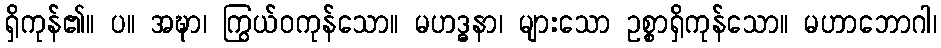
ရှိကုန်၏။ ပ။ အဍ္ဎာ၊ ကြွယ်ဝကုန်သော။ မဟဒ္ဓနာ၊ များသော ဥစ္စာရှိကုန်သော။ မဟာဘောဂါ၊